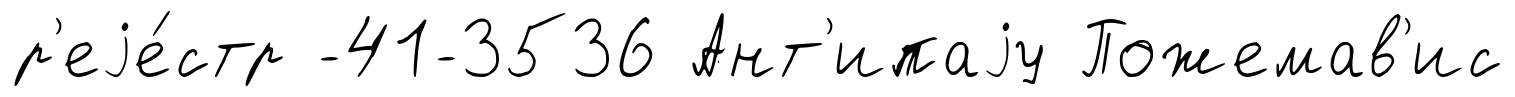
р'еjе́стр -41-3536 Ант'ипаjу Пожемав'ис